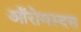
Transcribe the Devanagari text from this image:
ऑरोमस्दस